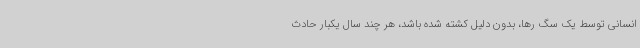
انسانی توسط یک سگ رها، بدون دلیل کشته شده باشد، هر چند سال یکبار حادث